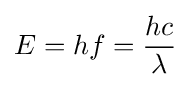
E=hf={\frac {hc}{\lambda }}\,\!